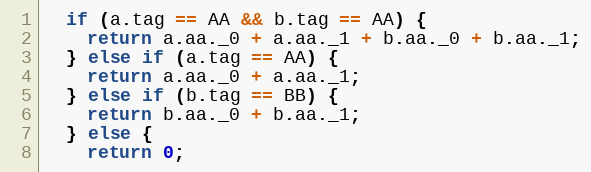
Language: C
  if (a.tag == AA && b.tag == AA) {
    return a.aa._0 + a.aa._1 + b.aa._0 + b.aa._1;
  } else if (a.tag == AA) {
    return a.aa._0 + a.aa._1;
  } else if (b.tag == BB) {
    return b.aa._0 + b.aa._1;
  } else {
    return 0;